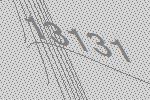
13131